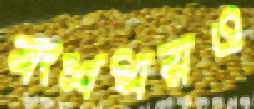
বংশধরও